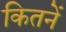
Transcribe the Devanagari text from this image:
कितनें